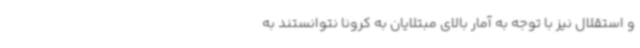
و استقلال نیز با توجه به آمار بالای مبتلایان به کرونا نتوانستند به